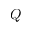
Q